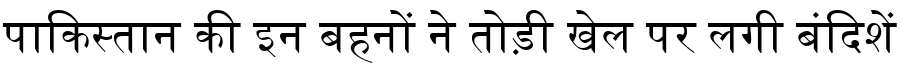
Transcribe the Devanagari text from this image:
पाकिस्तान की इन बहनों ने तोड़ी खेल पर लगी बंदिशें